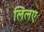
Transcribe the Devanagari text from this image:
लिलए